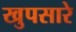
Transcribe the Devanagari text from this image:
खुपसारे